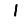
Digit: 1